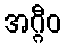
အဂ္ဂီဝ